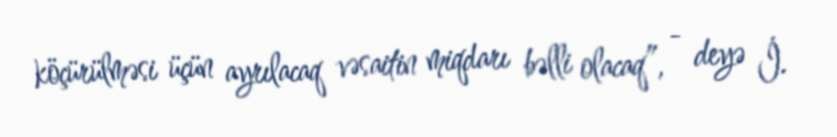
köçürülməsi üçün ayrılacaq vəsaitin miqdarı bəlli olacaq”, - deyə İ.